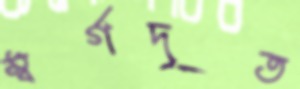
স্বর্গদূত